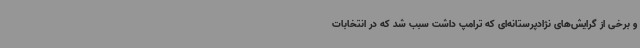
و برخی از گرایش‌های نژادپرستانه‌ای که ترامپ داشت سبب شد که در انتخابات